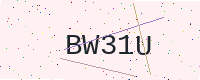
Text: BW31U